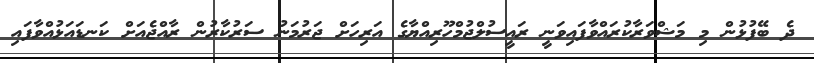
ދެ ބޭފުޅުން މި މަޝްވަރާކުރައްވާފައިވަނީ ރައީސުލްޖުމްހޫރިއްޔާގެ އަރިހަށް ޖަރުމަނު ސަރުކާރުން ރާއްޖެއަށް ކަނޑައަޅުއްވާފައި